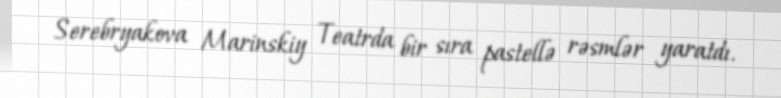
Serebryakova Marinskiy Teatrda bir sıra pastellə rəsmlər yaratdı.